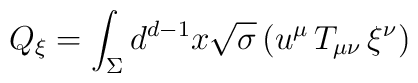
Q_\xi = \int_\Sigma d^{d-1}x \sqrt{\sigma} \, (u^\mu \, T_{\mu\nu} \,  \xi^\nu)